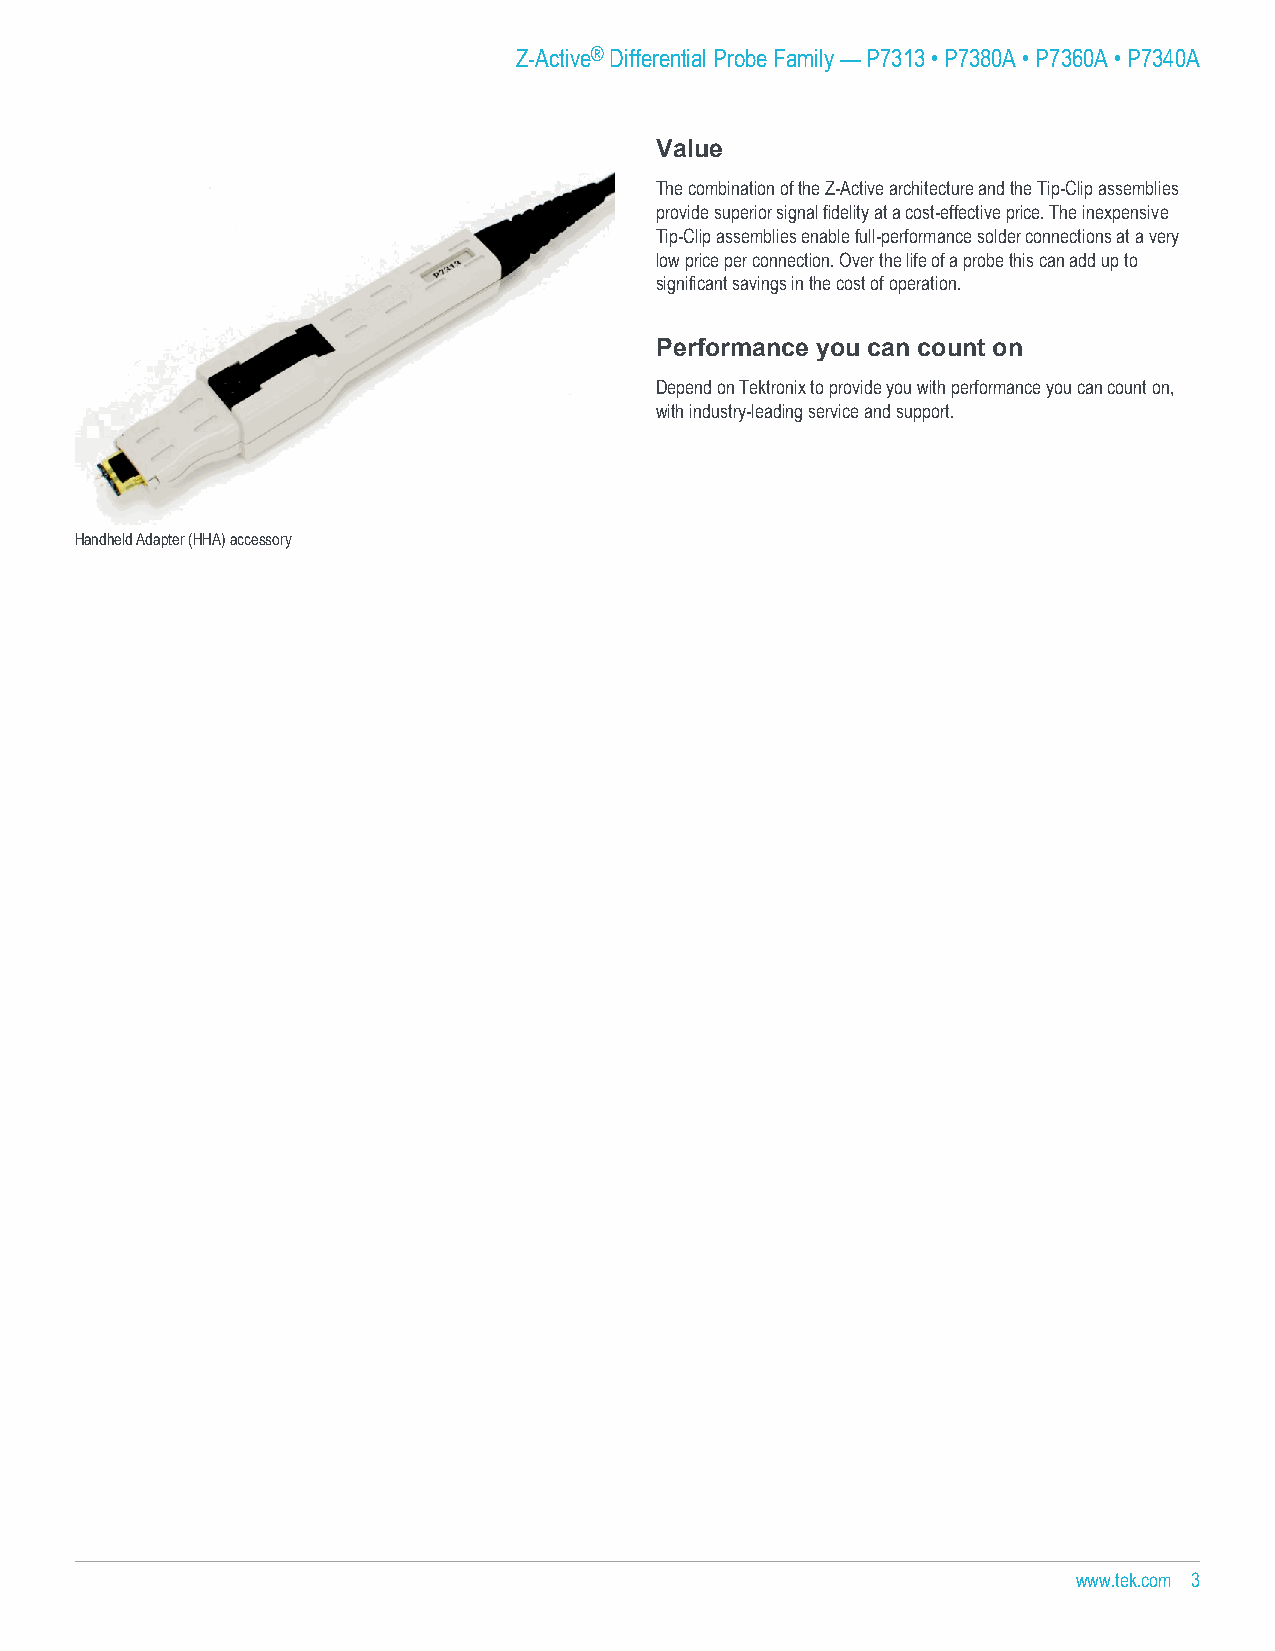
Z-Active® Differential Probe Family — P7313 • P7380A • P7360A • P7340A
 Value
 The combination of the Z-Active architecture and the Tip-Clip assemblies
 provide superior signal fidelity at a cost-effective price. The inexpensive
 Tip-Clip assemblies enable full-performance solder connections at a very
 low price per connection. Over the life of a probe this can add up to
 significant savings in the cost of operation.
 Performance you can count on
 Depend on Tektronix to provide you with performance you can count on,
 with industry-leading service and support.
 Handheld Adapter (HHA) accessory
 www.tek.com 3